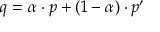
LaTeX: q = \alpha \cdot p + ( 1 - \alpha ) \cdot p ^ { \prime }